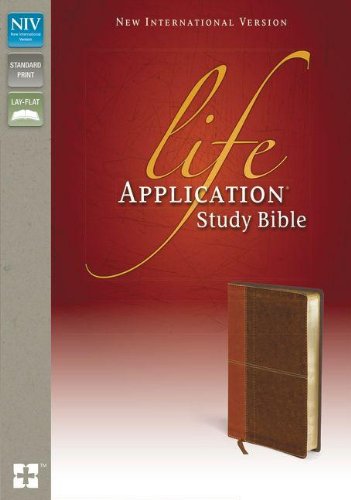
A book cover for NIV Life Application Study Bible; Zondervan; Christian Books & Bibles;